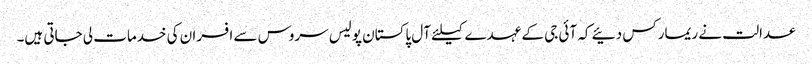
عدالت نے ریمارکس دئیے کہ آئی جی کے عہدے کیلئے آل پاکستان پولیس سروس سے افسران کی خدمات لی جاتی ہیں۔